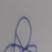
Signature authenticity: genuine